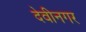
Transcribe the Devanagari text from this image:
देवीनगर